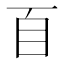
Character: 𦣻